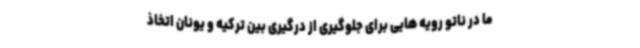
ما در ناتو رویه هایی برای جلوگیری از درگیری بین ترکیه و یونان اتخاذ